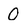
Character: 0